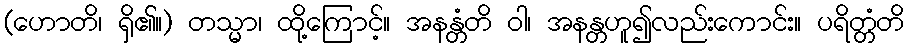
(ဟောတိ၊ ရှိ၏။) တသ္မာ၊ ထို့ကြောင့်။ အနန္တံတိ ဝါ၊ အနန္တဟူ၍လည်းကောင်း။ ပရိတ္တံတိ